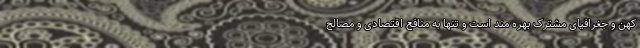
کهن و جغرافیای مشترک بهره مند است و تنها به منافع اقتصادی و مصالح